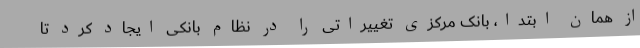
از همان ابتدا، بانک مرکزی تغییراتی را در نظام بانکی ایجاد کرد تا